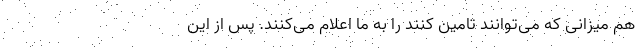
هم میزانی که می‌توانند تامین‌ کنند را به ما اعلام می‌کنند. پس از این